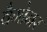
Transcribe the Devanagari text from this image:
वैगोनर